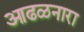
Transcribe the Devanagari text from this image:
आढळनारा